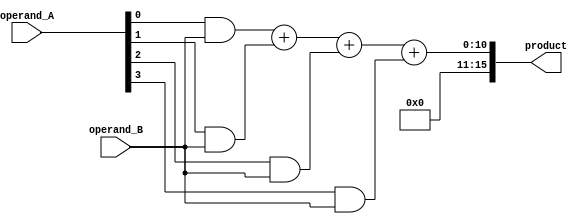
module radix4_multiplier (
    input wire [7:0] operand_A,
    input wire [7:0] operand_B,
    output reg [15:0] product
);

wire [7:0] pp0, pp1, pp2, pp3;
wire [15:0] pp4, pp5, pp6;

// Partial Product 0
assign pp0 = operand_A[0] & operand_B;
assign pp4 = {8'b0, pp0};

// Partial Product 1
assign pp1 = operand_A[1] & operand_B;
assign pp5 = {6'b0, pp1, 2'b00};

// Partial Product 2
assign pp2 = operand_A[2] & operand_B;
assign pp6 = {4'b0, pp2, 4'b0000};

// Partial Product 3
assign pp3 = operand_A[3] & operand_B;

// Adder tree structure
assign product = pp0 + pp1 + pp2 + pp3;

endmodule